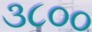
૩૮૦૦